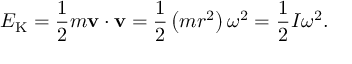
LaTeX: E _ { \mathrm { K } } = { \frac { 1 } { 2 } } m \mathbf { v } \cdot \mathbf { v } = { \frac { 1 } { 2 } } \left( m r ^ { 2 } \right) \omega ^ { 2 } = { \frac { 1 } { 2 } } I \omega ^ { 2 } .